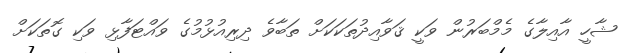
ޝާހީ އާއިލާގެ މެމްބަރުން ވަކީ ޤަވާއިދުތަކަކަށް ތަބާވެ ދިރިއުޅުމުގެ ވައްޓަފާޅި ވަކި ގޮތަކަށް